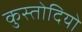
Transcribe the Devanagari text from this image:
कुस्तोदियो